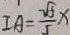
I A = \frac { \sqrt { 5 } } { 5 } x